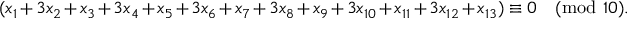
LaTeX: ( x _ { 1 } + 3 x _ { 2 } + x _ { 3 } + 3 x _ { 4 } + x _ { 5 } + 3 x _ { 6 } + x _ { 7 } + 3 x _ { 8 } + x _ { 9 } + 3 x _ { 1 0 } + x _ { 1 1 } + 3 x _ { 1 2 } + x _ { 1 3 } ) \equiv 0 { \pmod { 1 0 } } .